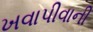
ખવાપીવાની